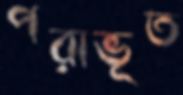
পরাভূত